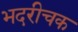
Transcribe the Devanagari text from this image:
भदरीचक